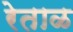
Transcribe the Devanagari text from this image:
रेताळ